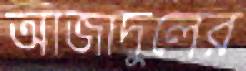
আজাদুলের